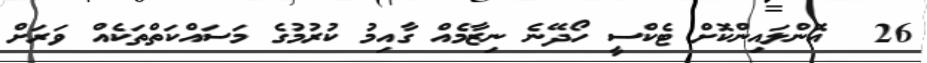
26  އޮންލައިންކޮށް ޓެކްސީ ހޯދޭނެ ނިޒާމެއް ގާއިމު ކުރުމުގެ މަސައްކަތްތަކެއް ވަރަށް